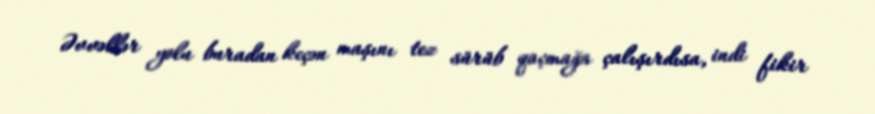
Əvvəllər yolu buradan keçən maşını tez sürüb qaçmağa çalışırdısa, indi fikir